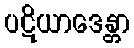
ပဋိယာဒေန္တာ